Report of the Imperial Institute of Veterinary Research, Muktesar
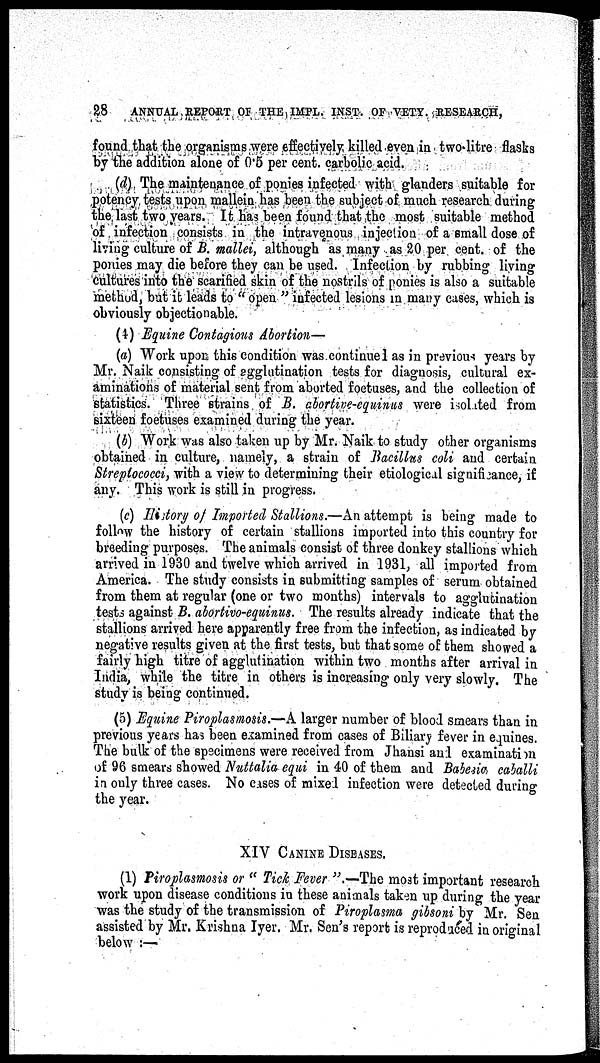
28 ANNUAL REPORT OF THE IMPL. INST. OF VETY. RESEARCH,
found that the organisms were effectively killed even in two-litre flasks
by the addition alone of 0.5 per cent. carbolic acid.
(d) The maintenance of ponies infected with glanders suitable for
potency tests upon mallein has been the subject of much research during
the last two years. It has been found that the most suitable method
of infection consists in the intravenous injection of a small dose of
living culture of B. mallei, although as many as 20 per cent. of the
ponies may die before they can be used. Infection by rubbing living
cultures into the scarified skin of the nostrils of ponies is also a suitable
method, but it leads to "open " infected lesions in many cases, which is
obviously objectionable.
(4) Equine Contagious Abortion—
(a) Work upon this condition was continued as in previous years by
Mr. Naik consisting of agglutination tests for diagnosis, cultural ex-
aminations of material sent from aborted foetuses, and the collection of
statistics. Three strains of B. abortive-equinus were isolated from
sixteen foetuses examined during the year.
(b) Work was also taken up by Mr. Naik to study other organisms
obtained in culture, namely, a strain of Bacillus coli and certain
Streptococci, with a view to determining their etiological significance, if
any. This work is still in progress.
(c) History of Imported Stallions.—An attempt is being made to
follow the history of certain stallions imported into this country for
breeding purposes. The animals consist of three donkey stallions which
arrived in 1930 and twelve which arrived in 1931, all imported from
America. The study consists in submitting samples of serum obtained
from them at regular (one or two months) intervals to agglutination
tests against B. abortivo-equinus. The results already indicate that the
stallions arrived here apparently free from the infection, as indicated by
negative results given at the first tests, but that some of them showed a
fairly high titre of agglutination within two months after arrival in
India, while the titre in others is increasing only very slowly. The
study is being continued.
(5) Equine Piroplasmosis.—A larger number of blood smears than in
previous years has been examined from cases of Biliary fever in equines.
The bulk of the specimens were received from Jhansi and examination
of 96 smears showed Nuttalia equi in 40 of them and Babesia, caballi
in only three cases. No cases of mixed infection were detected during
the year.
XIV CANINE DISEASES.
(1) Piroplasmosis or " Tick Fever ".—The most important research
work upon disease conditions in these animals taken up during the year
was the study of the transmission of Piroplasma gibsoni by Mr. Sen
assisted by Mr. Krishna Iyer. Mr. Sen's report is reproduced in original
below :—